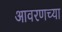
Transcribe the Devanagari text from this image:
आवरणच्या